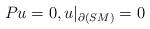
LaTeX: \begin{align*}Pu = 0 , u|_{\partial(SM)} = 0\end{align*}